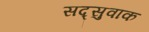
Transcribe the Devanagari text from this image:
सद्सुवाक